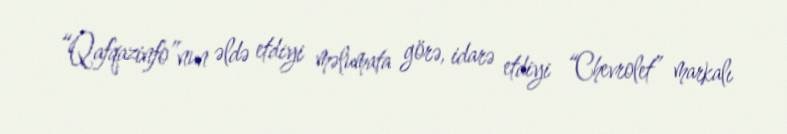
“Qafqazinfo”nun əldə etdiyi məlumata görə, idarə etdiyi “Chevrolet” markalı